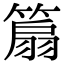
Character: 𥰢